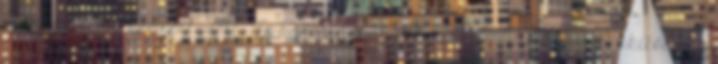
Európa-szerte koncertezett. Jó barátságban volt Theobald Böhmmel, akitől egy